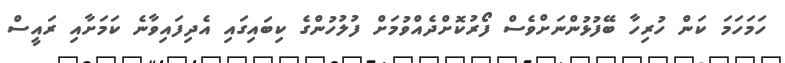
ހަމަހަމަ ކަން ހުރިހާ ބޭފުޅުންނަށްވެސް ފޯރުކޮށްދެއްވުމަށް ފުލުހުންގެ ކިބައިގައި އެދިފައިވާނެ ކަމަށާއި ރައީސް